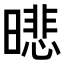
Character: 𣊾